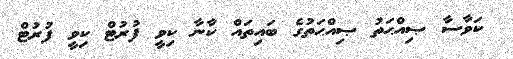
ކަވާސާ ޞިއްޙަތު ޞިއްޙަތުގެ ބައިތައް ކާނާ ކިވީ ފުރުޓް ކިވީ ފުރުޓް